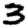
Digit: 3